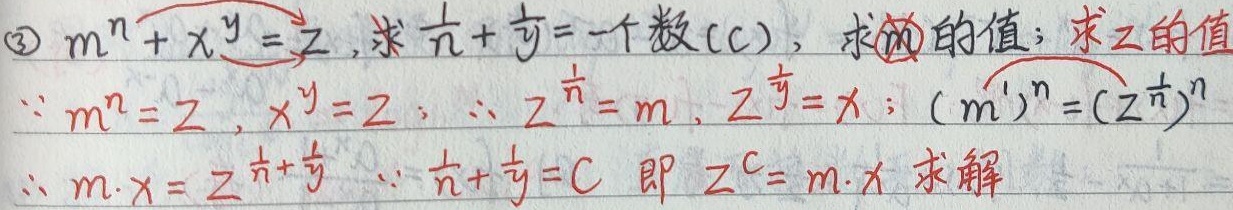
\textcircled{3} 已知\(m^{n}+x^{y}=z\)，且\(\frac{1}{n}+\frac{1}{y}=c\)（\(c\)为一个数），求\(m\)的值与\(z\)的值。
因为\(m^{n}=z\)，\(x^{y}=z\)；
所以\(z^{\frac{1}{n}} = m\)，\(z^{\frac{1}{y}}=x\)；
又\((m)^{n}=(z^{\frac{1}{n}})^{n}\)，
所以\(m\cdot x=z^{\frac{1}{n}+\frac{1}{y}}\) 。
因为\(\frac{1}{n}+\frac{1}{y}=c\)，即\(z^{c}=m\cdot x\) 。求解